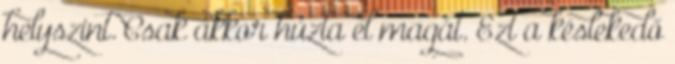
helyszint. Csak akkor húzta el magát. Ezt a késlekedő